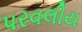
પરવલીય